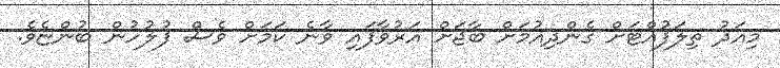
މިއަދު ތިލަފުއްޓަށް ގެންދިއުމަށް ބާޖަށް އަރުވާފައި ވާނެ ކަމަށް ވެސް ފުލުހުން ބުންޏެވެ.